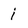
Character: j